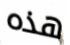
هذه